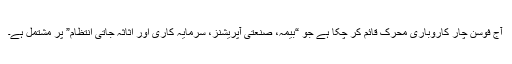
آج فوسن چار کاروباری محرک قائم کر چکا ہے جو “بیمہ، صنعتی آپریشنز، سرمایہ کاری اور اثاثہ جاتی انتظام” پر مشتمل ہے۔